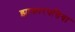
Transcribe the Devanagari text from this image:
झाकारपत्तिया